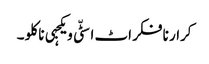
کرار نا فکر اٹ اسٹّی ویکجہی نا کلو ۔